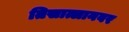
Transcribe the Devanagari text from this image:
तिसात्लानवर